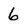
Character: 6